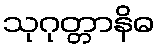
သုဂုတ္တာနိဓ